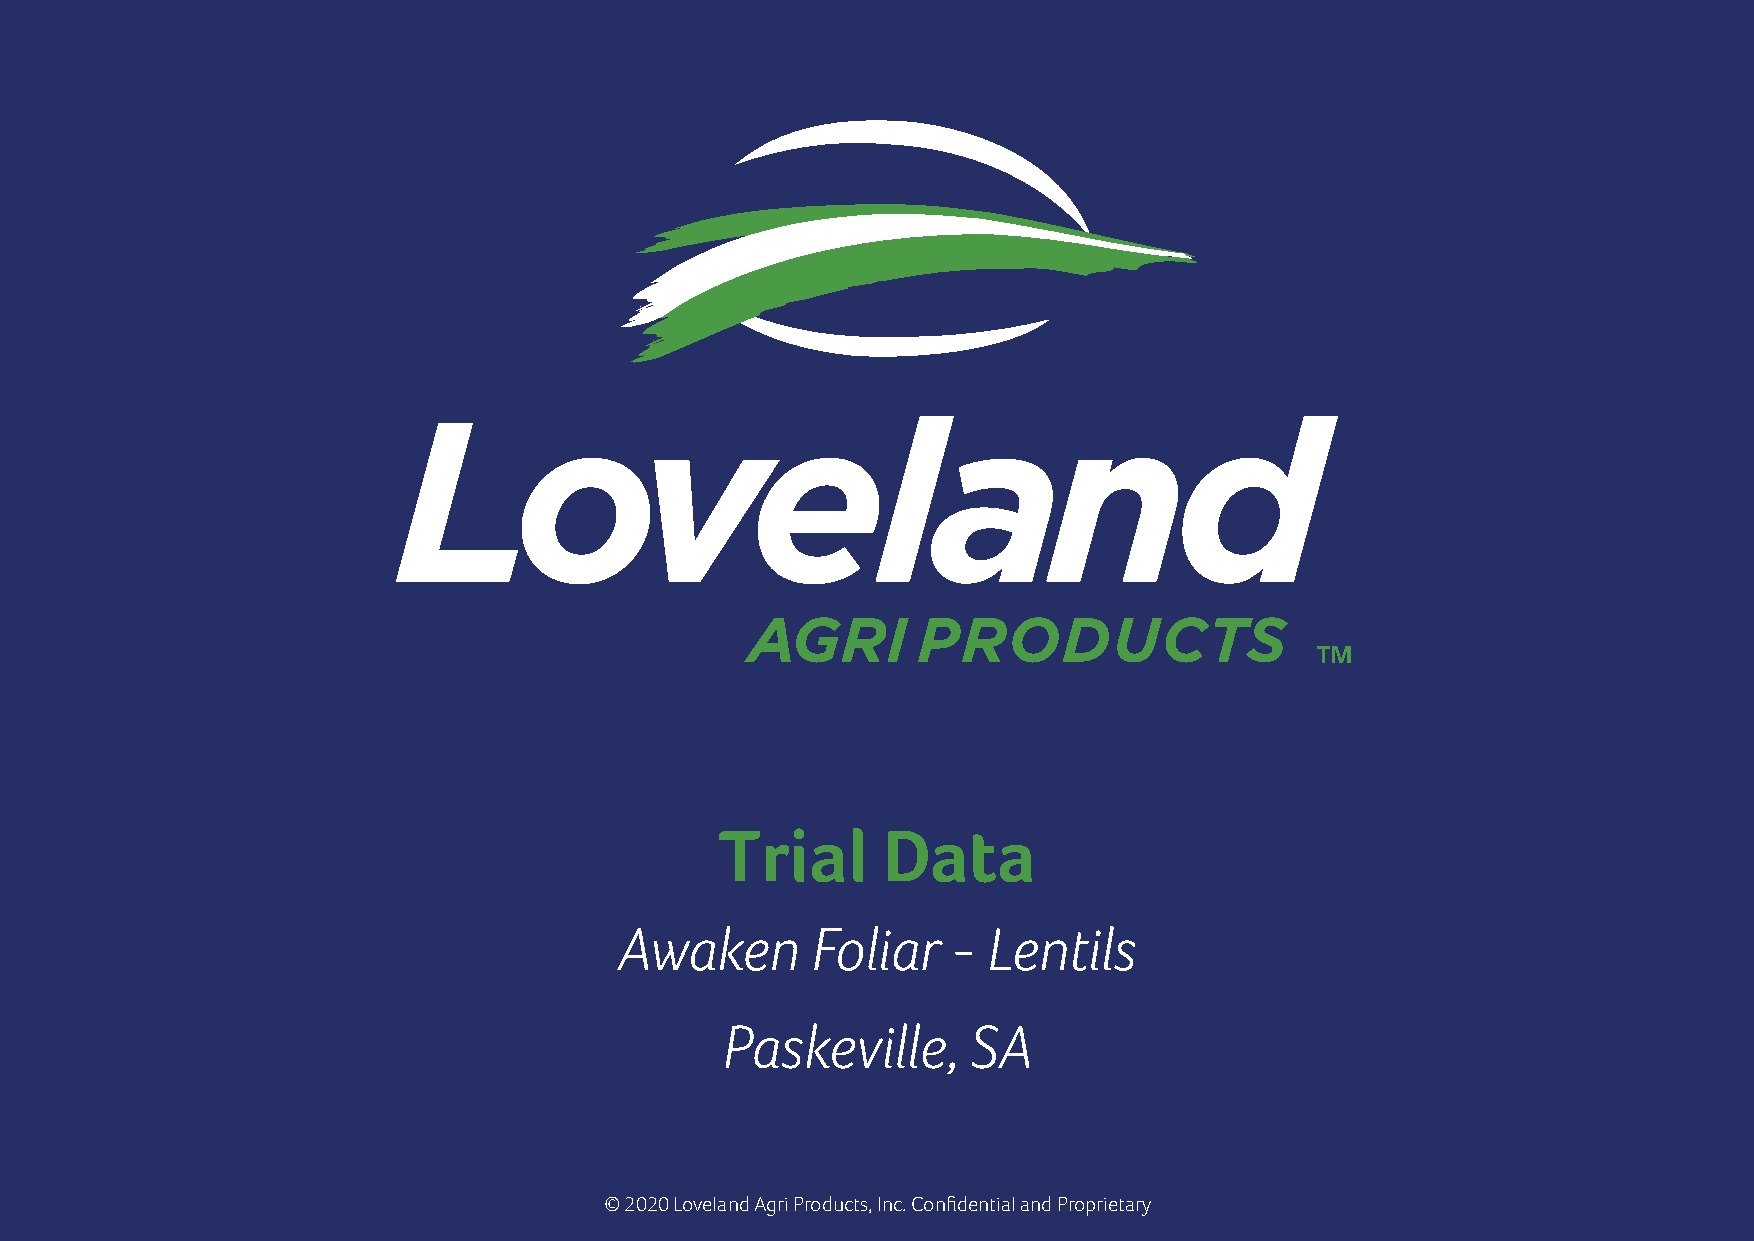
TM
 Trial     Data
 Awaken       Foliar   - Lentils
 © 2020 Loveland Agri Products. Always read and follow label directions. Paskeville, SA
 Awaken is a registered trademark of Loveland Agri Products.
 lovelandagriproducts.com.au
 © 2020 Loveland Agri Products, Inc. Confidential and Proprietary